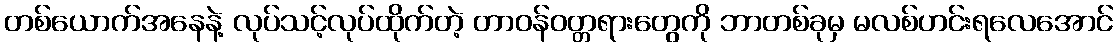
တစ်ယောက်အနေနဲ့ လုပ်သင့်လုပ်ထိုက်တဲ့ တာဝန်ဝတ္တရားတွေကို ဘာတစ်ခုမှ မလစ်ဟင်းရလေအောင်